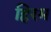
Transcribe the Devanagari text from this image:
हिरम